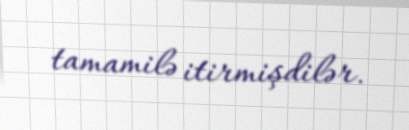
tamamilə itirmişdilər.